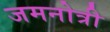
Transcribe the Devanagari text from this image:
जमनोत्री